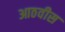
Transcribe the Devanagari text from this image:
आठवीस